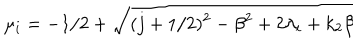
LaTeX: \mu _ { i } = - 1 / 2 + \sqrt { ( j + 1 / 2 ) ^ { 2 } - \beta ^ { 2 } + 2 \lambda _ { i } + k _ { 2 } \beta }